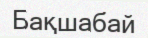
Бақшабай